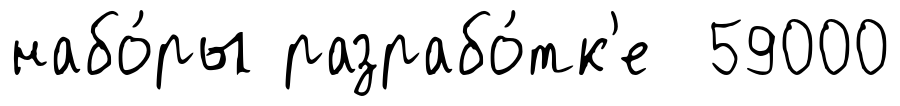
набо́ры разрабо́тк'е 59000